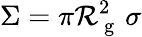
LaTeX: \Sigma=\pi\mathcal{R}_{\mathrm{{~g~}}}^{2}\, \sigma